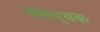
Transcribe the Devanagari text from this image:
नसार्थक